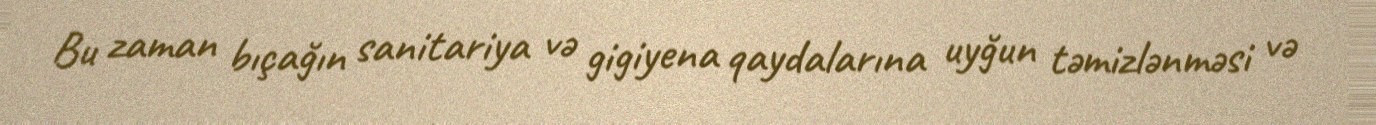
Bu zaman bıçağın sanitariya və gigiyena qaydalarına uyğun təmizlənməsi və